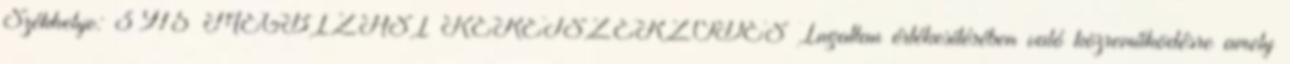
Székhelye: 3915 MEGBÍZÁSI KERETSZERZŐDÉS Ingatlan értékesítésében való közreműködésre amely